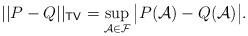
LaTeX: \begin{align*}||P-Q||_{\mathsf{TV}}=\sup_{\mathcal{A}\in\mathcal{F}}\big|P(\mathcal{A})-Q(\mathcal{A})\big|.\end{align*}